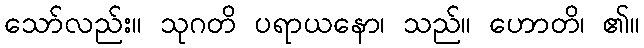
သော်လည်း။ သုဂတိ ပရာယနော၊ သည်။ ဟောတိ၊ ၏။